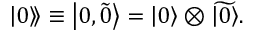
\left. \left| 0 \right\rangle \! \right\rangle \equiv \left| 0 , \widetilde { 0 } \right\rangle = \left| 0 \right\rangle \otimes \widetilde { \left| 0 \right\rangle } .